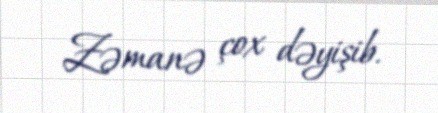
Zəmanə çox dəyişib.